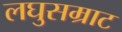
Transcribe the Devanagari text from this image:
लघुसम्राट